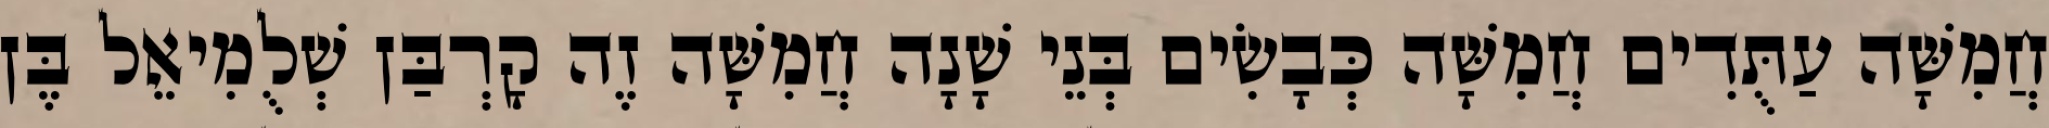
חֲמִשָּׁה עַתֻּדִים חֲמִשָּׁה כְּבָשִׂים בְּנֵי שָׁנָה חֲמִשָּׁה זֶה קָרְבַּן שְׁלֻמִיאֵל בֶּן